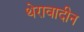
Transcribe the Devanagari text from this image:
थेरावादीन